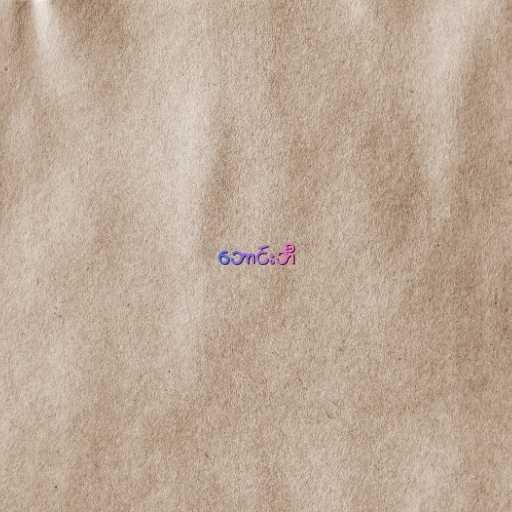
ဘောင်းဘီ